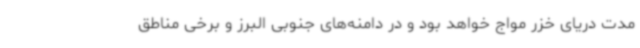
مدت دریای خزر مواج خواهد بود و در دامنه‌های جنوبی البرز و برخی مناطق